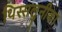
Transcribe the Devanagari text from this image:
थिस्सलुनीका